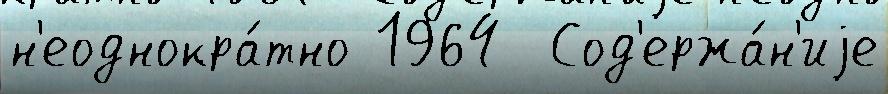
н'еоднокра́тно 1964  Сод'ержа́н'иjе